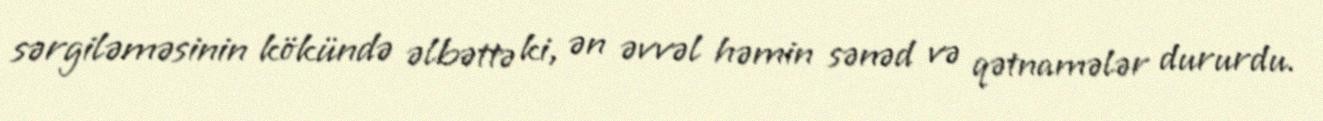
sərgiləməsinin kökündə əlbəttə ki, ən əvvəl həmin sənəd və qətnamələr dururdu.